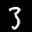
Label: 3